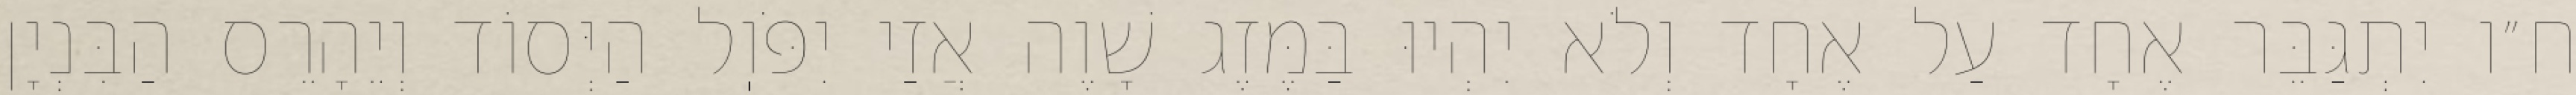
ח״ו יִתְגַּבֵּר אֶחָד עַל אֶחָד וְלֹא יִהְיוּ בַּמֶּזֶג שָׁוֶה אֲזַי יִפֹּוֽל הַיְּסוֹד וְיֵהָרֵס הַבִּנְיָן